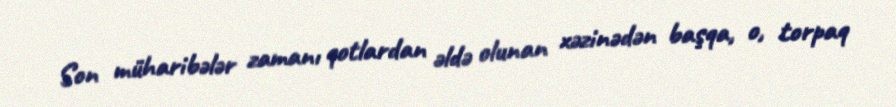
Son müharibələr zamanı qotlardan əldə olunan xəzinədən başqa, o, torpaq